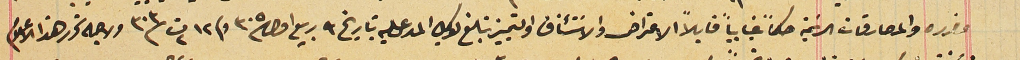
وضرره والمصارفات الرسَمية حكماً غيابياً قابلاً الاعتراض والاسَتئناف والتمييز تبلغ لوكيل المدعى عليه بتاريخ ٩ ربيع اول سنة ٣٠٥ وفى ١٢ ت٢ سنة ٣٠٣ ولاجله تحرر هذا الاعلام